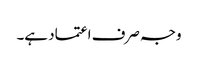
وجہ صرف اعتماد ہے۔